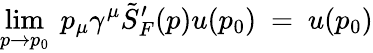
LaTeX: \operatorname*{lim}_{p\rightarrow p_{0}}\ p_{\mu}\gamma^{\mu}\tilde{S}_{F}^{\prime}(p)u(p_{0})\ =\ u(p_{0})